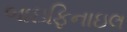
બાઇફિનાઇલ